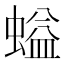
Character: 螠